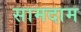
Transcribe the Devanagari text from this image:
सामदाम